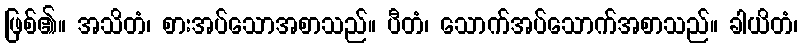
ဖြစ်၏။ အသိတံ၊ စားအပ်သောအစာသည်။ ပီတံ၊ သောက်အပ်သောက်အစာသည်။ ခါယိတံ၊